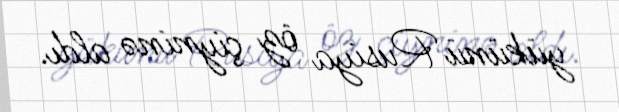
yükünü Rusiya öz çiyninə aldı.